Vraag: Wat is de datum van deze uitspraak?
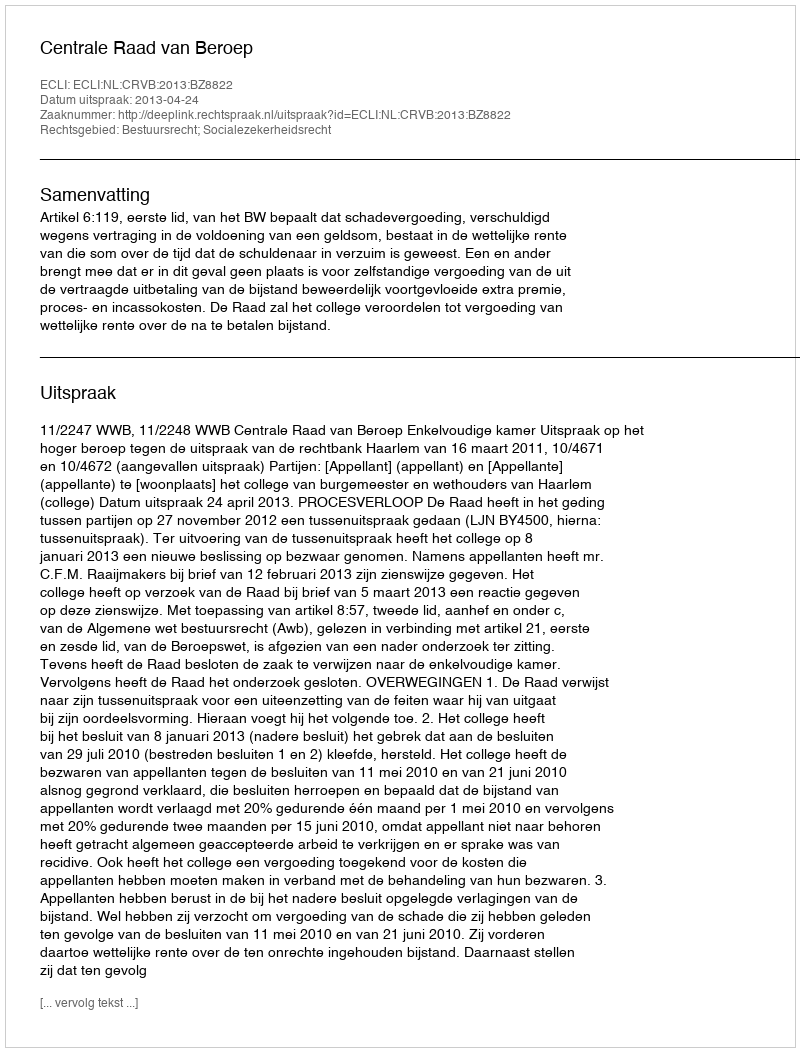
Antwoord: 2013-04-24